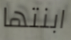
ابنتها